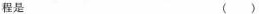
程是 （）